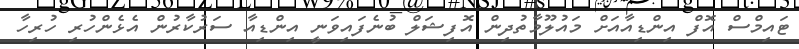
ޓައިމްސް އޮފް އިންޑިއާއަށް މައުލޫމާތުދިން އޮފިޝަލް ބުނެފައިވަނީ އިންޑިއާ ސަރުކާރުން އެޅެންހުރި ހުރިހާ